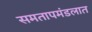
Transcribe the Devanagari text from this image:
समतापमंडलात